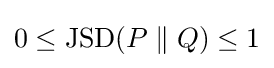
0\leq {\rm {JSD}}(P\parallel Q)\leq 1